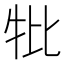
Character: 𤘥